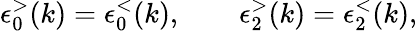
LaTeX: \epsilon_{0}^{>}(k)=\epsilon_{0}^{<}(k),\qquad\epsilon_{2}^{>}(k)=\epsilon_{2}^{<}(k),